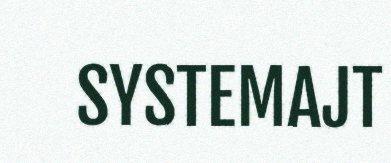
SYSTEMAJT